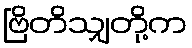
ဗြိတိသျှတို့က